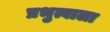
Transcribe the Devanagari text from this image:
प्रभुत्वाला